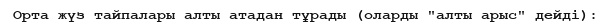
Орта жүз тайпалары алты атадан тұрады (оларды "алты арыс" дейді):